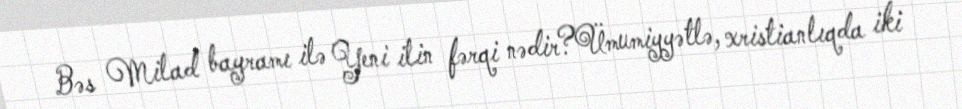
Bəs Milad bayramı ilə Yeni ilin fərqi nədir?Ümumiyyətlə, xristianlıqda iki